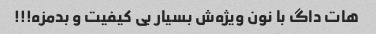
هات داگ با نون ویژه‌ش بسیار بی کیفیت و بدمزه!!!